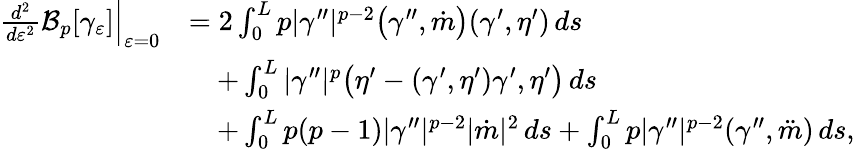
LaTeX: \begin{array}{rl}{\frac{d^{2}}{d\varepsilon^{2}}\mathcal{B}_{p}[\gamma_{\varepsilon}]\Big|_{\varepsilon=0}}&{=2\int_{0}^{L}p|\gamma^{\prime\prime}|^{p-2}\big(\gamma^{\prime\prime},\dot{m}\big)(\gamma^{\prime},\eta^{\prime})\, ds}\\ &{\quad+\int_{0}^{L}|\gamma^{\prime\prime}|^{p}\big(\eta^{\prime}-(\gamma^{\prime},\eta^{\prime})\gamma^{\prime},\eta^{\prime}\big)\, ds}\\ &{\quad+\int_{0}^{L}p(p-1)|\gamma^{\prime\prime}|^{p-2}|\dot{m}|^{2}\, ds+\int_{0}^{L}p|\gamma^{\prime\prime}|^{p-2}(\gamma^{\prime\prime},\ddot{m})\, ds,}\end{array}